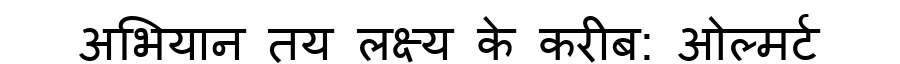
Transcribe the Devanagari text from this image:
अभियान तय लक्ष्य के करीब: ओल्मर्ट